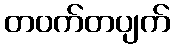
တဝက်တပျက်